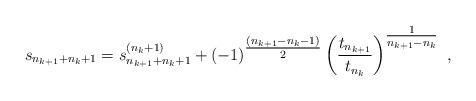
LaTeX: \begin{gather*} s_{n_{k+1} + n_{k}+1} = s_{n_{k+1} + n_{k}+1}^{(n_{k} +1)} + (-1)^{{\tfrac{(n_{k+1} - n_{k}-1)}{2}} } \left( \frac{ t_{n_{k+1}} }{ t_{n_{k}} }\right)^{\tfrac{1}{n_{k+1} - n_{k}}} \ ,\end{gather*}